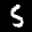
Label: 5